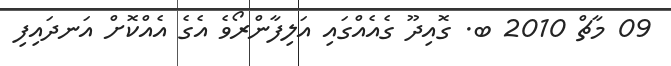
09 މާޗް 2010 ބ. ގޮއިދޫ ގެއެއްގައި އަލިފާންރޯވެ އެގެ އެއްކޮށް އަނދައިފި